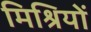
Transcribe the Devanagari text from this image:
मिश्रियों